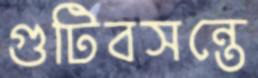
গুটিবসন্তে